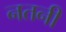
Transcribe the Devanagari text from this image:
नतनी